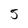
Character: 5